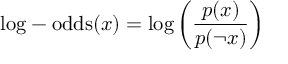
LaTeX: { \mathrm { l o g - o d d s } } ( x ) = \log \left( { \frac { p ( x ) } { p ( \lnot x ) } } \right)